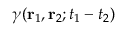
\gamma ( { { \bf { r } } _ { 1 } } , { { \bf { r } } _ { 2 } } ; { { t } _ { 1 } } - { { t } _ { 2 } } )